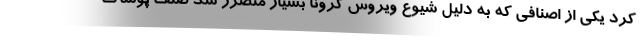
کرد یکی از اصنافی که به دلیل شیوع ویروس کرونا بسیار متضرر شد صنف پوشاک